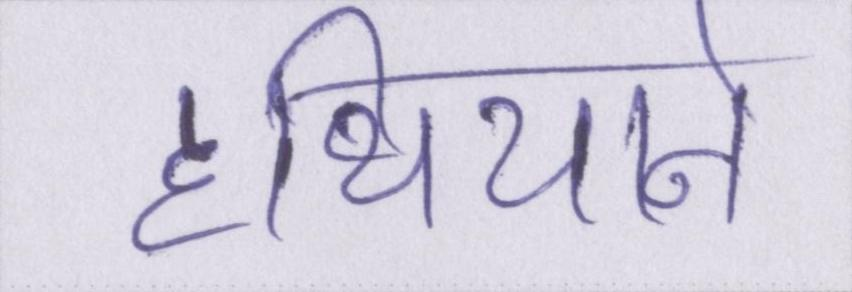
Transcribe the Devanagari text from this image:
हथियाने